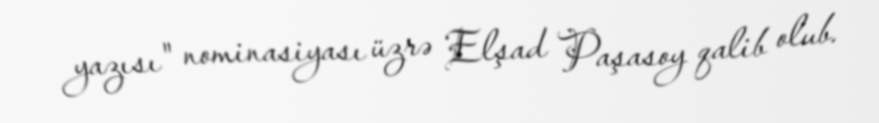
yazısı" nominasiyası üzrə Elşad Paşasoy qalib olub.